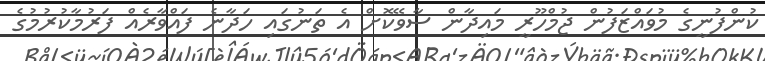
ކުންފުނީގެ މުވައްޒަފުން ޖުމްހޫރީ މައިދާން ސާވޭކޮށް އެ ތަނުގައި ހަދާނެ ފައްވާރެއް ފަރުމާކުރުމުގެ